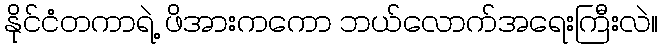
နိုင်ငံတကာရဲ့ ဖိအားကကော ဘယ်လောက်အရေးကြီးလဲ။